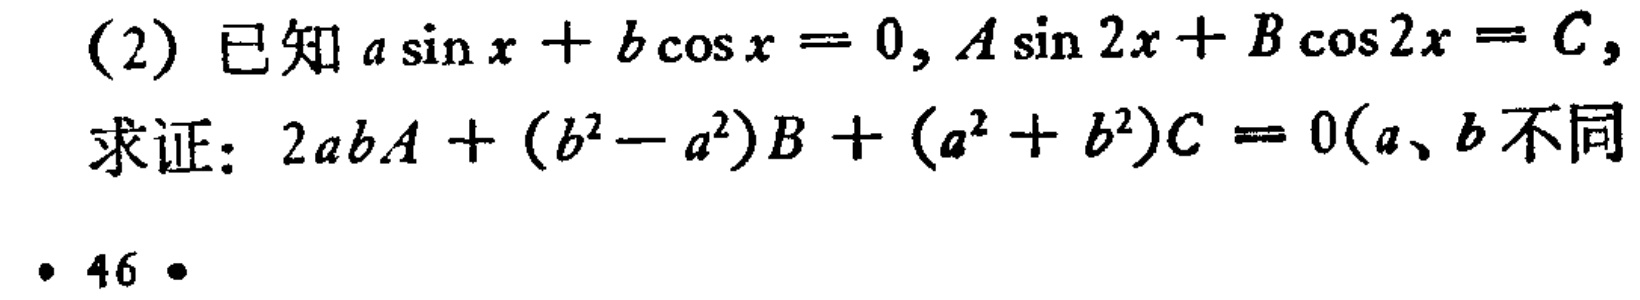
(2) 已知\(a\sin x + b\cos x = 0\)，\(A\sin 2x + B\cos 2x = C\)，

求证：\(2abA + (b^{2}-a^{2})B + (a^{2} + b^{2})C = 0\)（\(a\)、\(b\)不同

• 46 •